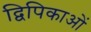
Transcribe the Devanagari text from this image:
द्विपिकाओं